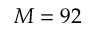
M = 9 2